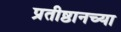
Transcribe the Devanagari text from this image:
प्रतीष्ठानच्या